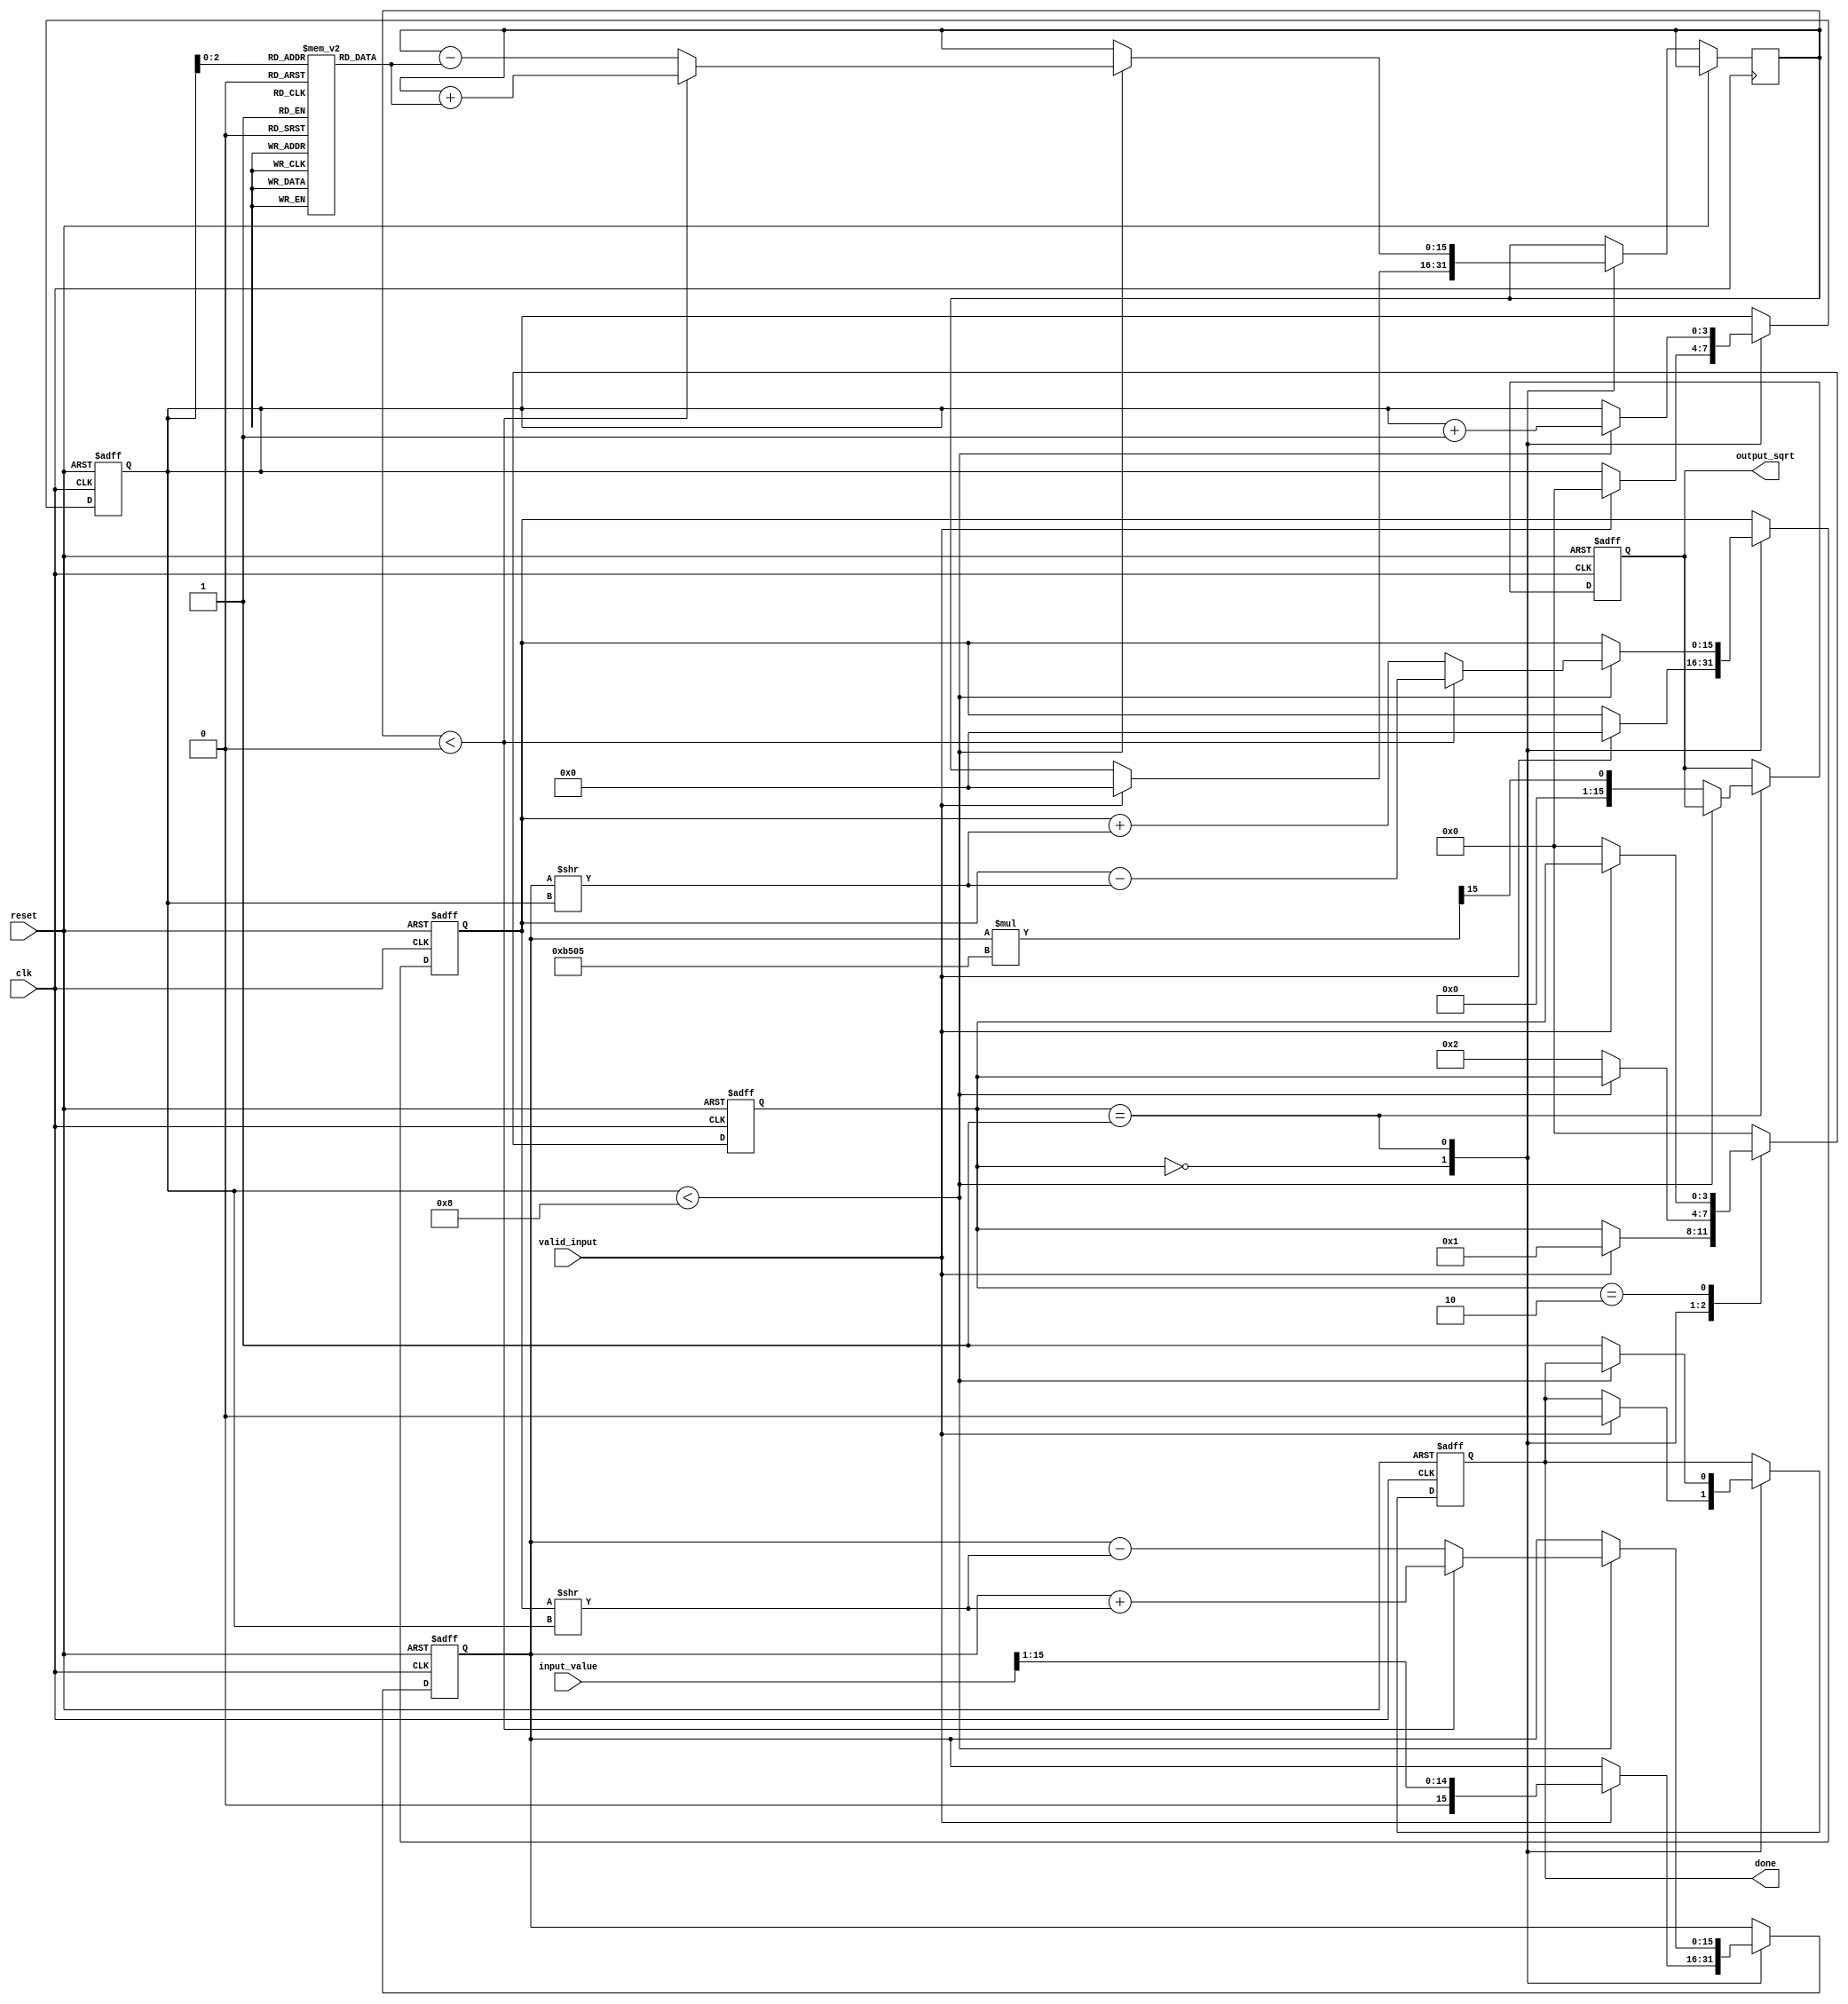
module cordic_sqrt (
    input wire clk,
    input wire reset,
    input wire valid_input,
    input wire [15:0] input_value, // 16-bit input value for square root
    output reg [15:0] output_sqrt, // 16-bit output for the square root
    output reg done // Signal to indicate completion
);

    // CORDIC Parameters
    parameter NUM_ITERATIONS = 8; // Number of iterations
    reg [15:0] x; // X coordinate (initially set to half the input value)
    reg [15:0] y; // Y coordinate (initially set to 0)
    reg [15:0] z; // Z coordinate (angle)
    reg [3:0] state; // State variable for FSM
    reg [3:0] iteration_count; // Counter for iterations
    reg [15:0] gain_factor; // Gain factor for square root
    reg [15:0] angle_table [0:NUM_ITERATIONS-1]; // Predefined angles for CORDIC

    // Initialize angle table for square root calculations (fixed-point values)
    initial begin
        angle_table[0] = 16'h2000; // arctan(1) in fixed-point
        angle_table[1] = 16'h16C5; // arctan(2^-1) in fixed-point
        angle_table[2] = 16'h0D60; // arctan(2^-2) in fixed-point
        angle_table[3] = 16'h08B5; // arctan(2^-3) in fixed-point
        angle_table[4] = 16'h0452; // arctan(2^-4) in fixed-point
        angle_table[5] = 16'h022B; // arctan(2^-5) in fixed-point
        angle_table[6] = 16'h0116; // arctan(2^-6) in fixed-point
        angle_table[7] = 16'h008B; // arctan(2^-7) in fixed-point
    end

    // Gain factor for square root (computed as 1/sqrt(2))
    initial begin
        gain_factor = 16'hB505; // Fixed-point representation of 1/sqrt(2)
    end

    // State Machine
    always @(posedge clk or posedge reset) begin
        if (reset) begin
            state <= 0;
            iteration_count <= 0;
            x <= 0;
            y <= 0;
            output_sqrt <= 0;
            done <= 0;
        end else begin
            case (state)
                0: begin // Initialization
                    if (valid_input) begin
                        x <= input_value >> 1; // Initial approximation
                        y <= 0;
                        z <= 0;
                        iteration_count <= 0;
                        done <= 0;
                        state <= 1;
                    end
                end

                1: begin // CORDIC iterations
                    if (iteration_count < NUM_ITERATIONS) begin
                        if (z < 0) begin
                            // Rotate counterclockwise
                            x <= x + (y >> iteration_count);
                            y <= y - (x >> iteration_count);
                            z <= z + angle_table[iteration_count];
                        end else begin
                            // Rotate clockwise
                            x <= x - (y >> iteration_count);
                            y <= y + (x >> iteration_count);
                            z <= z - angle_table[iteration_count];
                        end
                        iteration_count <= iteration_count + 1;
                    end else begin
                        // Apply gain compensation
                        output_sqrt <= x * gain_factor >> 15; // Adjust for gain
                        done <= 1;
                        state <= 2; // Move to done state
                    end
                end

                2: begin // Output state
                    if (!valid_input) begin
                        state <= 0; // Reset state on new input
                    end
                end

                default: state <= 0; // Default state
            endcase
        end
    end

endmodule